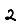
Digit: 2